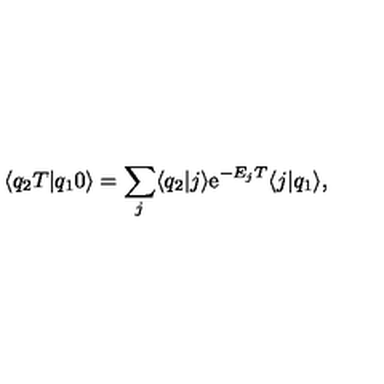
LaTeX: \langle q _ { 2 } T | q _ { 1 } 0 \rangle = \sum _ { j } \langle q _ { 2 } | j \rangle \mathrm { e } ^ { - E _ { j } T } \langle j | q _ { 1 } \rangle ,